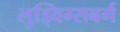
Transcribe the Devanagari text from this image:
लुड्विग्सबर्ग